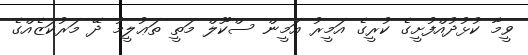
ވީމާ ކުޅުދުއްފުށީގެ ކުރީގެ އަމީރު އަމީން ސްކޫލް މަތީ ތަޢުލީމު ދޭ މަރުކަޒެއްގެ